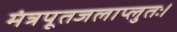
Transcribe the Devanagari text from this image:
मंत्रपूतजलाप्लुतः।